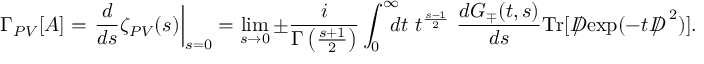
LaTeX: \Gamma _ { P V } [ A ] = \left. \frac { d } { d s } \zeta _ { P V } ( s ) \right| _ { s = 0 } = \operatorname * { l i m } _ { s \to 0 } \pm \frac { i } { \Gamma \left( \frac { s + 1 } { 2 } \right) } \int _ { 0 } ^ { \infty } \! \! \! \! d t ~ t ^ { \frac { s - 1 } { 2 } } ~ \frac { d G _ { \mp } ( t , s ) } { d s } \mathrm { T r } [ { D \! \! \! \! / } \exp ( - t { D \! \! \! \! / } ^ { ~ 2 } ) ] .